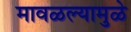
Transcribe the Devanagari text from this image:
मावळल्यामुळे